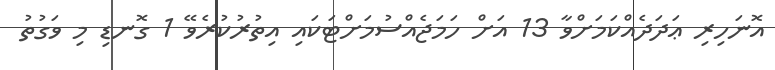
އޮނަހިރި ޢަދަދެއްކަމަށްވާ 13 އަށް ހަމަޖެއްސުމަށްޓަކައި އިތުރުކުރެވޭ 1 ގޮނޑި މި ވަގުތު